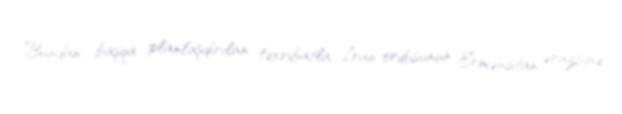
Bundan başqa planlaşdırılan təxribatla İran ordusunun Ermənistan ərazisinə